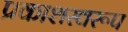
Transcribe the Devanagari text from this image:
प्रकाशस्वरूप